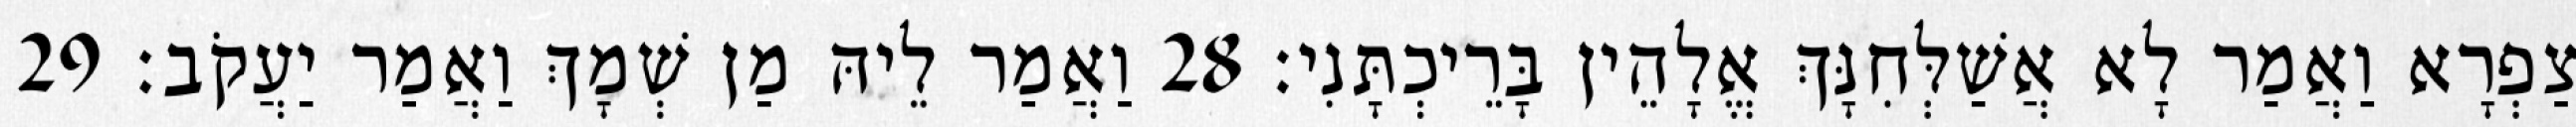
צַפְרָא וַאֲמַר לָא אֲשַׁלְּחִנָּךְ אֱלָהֵין בָּרֵיכְתָּנִי׃ 28 וַאֲמַר לֵיהּ מַן שְׁמָךְ וַאֲמַר יַעֲקֹב׃ 29